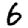
Digit: 6